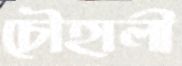
চৌহালী